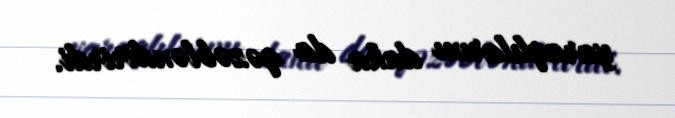
yaraqlılarını daha da qəzəbləndirirdi.